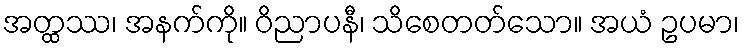
အတ္ထဿ၊ အနက်ကို။ ဝိညာပနီ၊ သိစေတတ်သော။ အယံ ဥပမာ၊